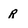
Character: r